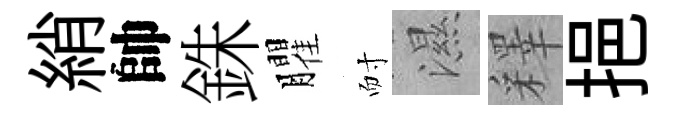
綃帥銖臞耐濕釋挹